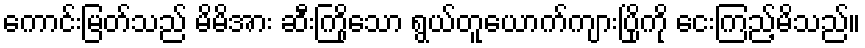
ကောင်းမြတ်သည် မိမိအား ဆီးကြိုသော ရွယ်တူယောက်ကျားပြိုကို ငေးကြည့်မိသည်။